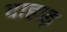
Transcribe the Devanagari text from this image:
दाहाड़